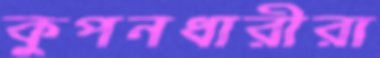
কুপনধারীরা